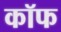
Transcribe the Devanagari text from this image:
कॉफ